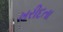
ખરીદતા